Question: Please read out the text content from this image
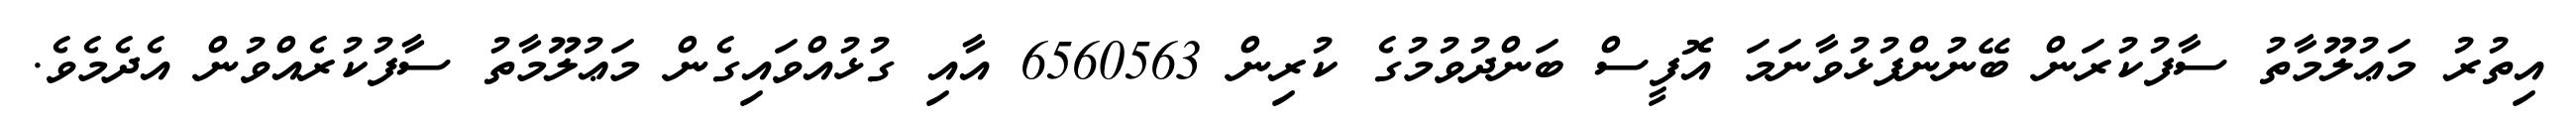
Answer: އިތުރު މަޢުލޫމާތު ސާފުކުރަން ބޭނުންފުޅުވާނަމަ އޮފީސް ބަންދުވުމުގެ ކުރިން 6560563 އާއި ގުޅުއްވައިގެން މަޢުލޫމާތު ސާފުކުރެއްވުން އެދެމެވެ.